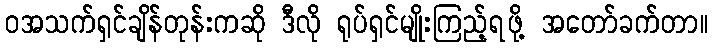
ဝအသက်ရှင်ချိန်တုန်းကဆို ဒီလို ရုပ်ရှင်မျိုးကြည့်ရဖို့ အတော်ခက်တာ။